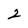
Character: 2